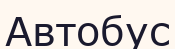
Автобус